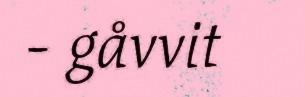
- gåvvit